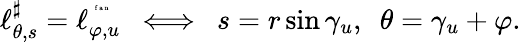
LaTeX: \ell_{\theta,s}^{\sharp}=\ell_{\varphi,u}^{^{\mathrm{~\tiny~f~a~n~}}}~~\Longleftrightarrow~~s=r\sin\gamma_{u},~~\theta=\gamma_{u}+\varphi.